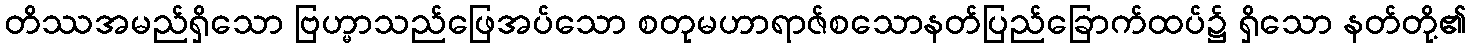
တိဿအမည်ရှိသော ဗြဟ္မာသည်ဖြေအပ်သော စတုမဟာရာဇ်စသောနတ်ပြည်ခြောက်ထပ်၌ ရှိသော နတ်တို့၏